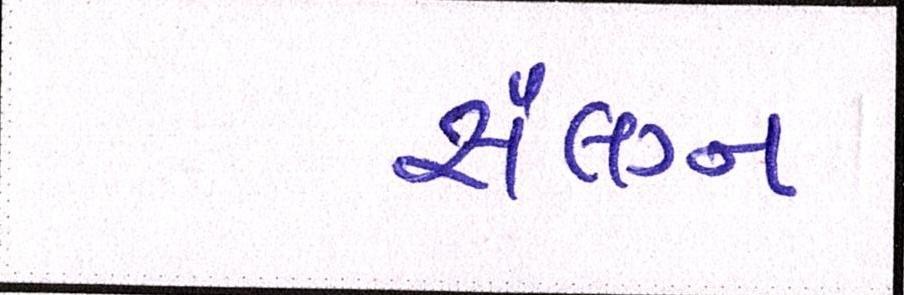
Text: સંલગ્ન